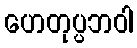
ဟေတုပ္ပဘဝါ